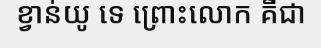
ខ្វាន់យូ ទេ ព្រោះលោក គឺជា